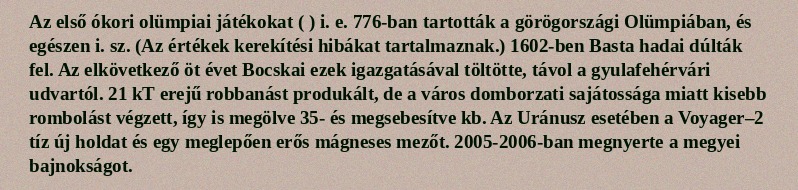
Az első ókori olümpiai játékokat ( ) i. e. 776-ban tartották a görögországi Olümpiában, és egészen i. sz. (Az értékek kerekítési hibákat tartalmaznak.) 1602-ben Basta hadai dúlták fel. Az elkövetkező öt évet Bocskai ezek igazgatásával töltötte, távol a gyulafehérvári udvartól. 21 kT erejű robbanást produkált, de a város domborzati sajátossága miatt kisebb rombolást végzett, így is megölve 35- és megsebesítve kb. Az Uránusz esetében a Voyager–2 tíz új holdat és egy meglepően erős mágneses mezőt. 2005-2006-ban megnyerte a megyei bajnokságot.